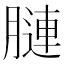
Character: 𦟪